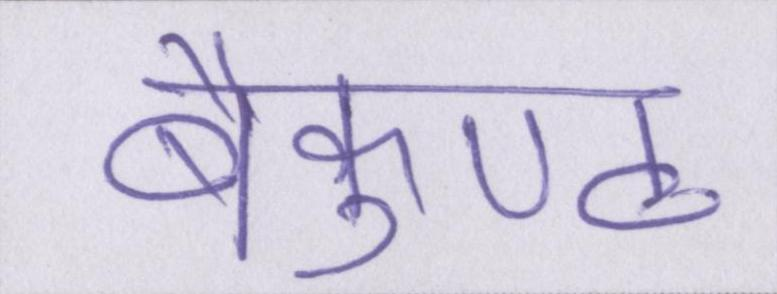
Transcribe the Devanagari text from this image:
बैकुण्ठ